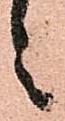
々